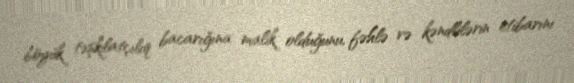
böyük təşkilatçılıq bacarığına malik olduğunu, fəhlə və kəndlilərin etibarını